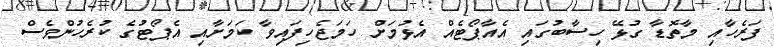
ފަރެހާއި މާތޮޑާ ގުޅޭ ހިސާބުގައި އެއާޕޯޓެއް އެޅުމަށް ހަމަޖެހިފައިވާ ކަަމަށާއި އެޕޯޓުގެ ކުރެހުންވެސް